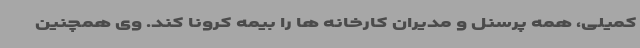
کمیلی، همه پرسنل و مدیران کارخانه ها را بیمه کرونا کند. وی همچنین